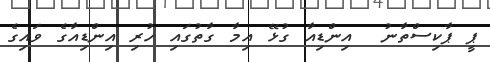
ޕީ ޕާކިސްތާނު  އިންޑިއާ ގުޅޭ އިމާ ގާތުގައި ހުރި އިންޑިއާގެ ވައިގެ